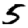
Digit: 5